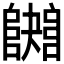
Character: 𨼱